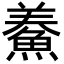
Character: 鯗